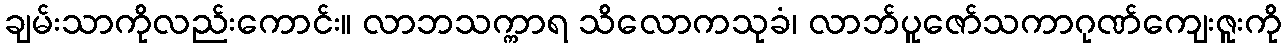
ချမ်းသာကိုလည်းကောင်း။ လာဘသက္ကာရ သိလောကသုခံ၊ လာဘ်ပူဇော်သကာဂုဏ်ကျေးဇူးကို